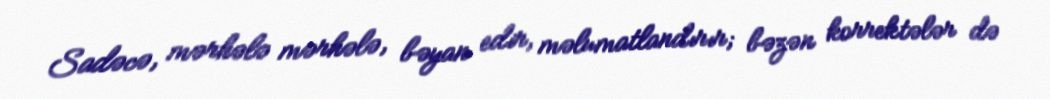
Sadəcə, mərhələ mərhələ, bəyan edir, məlumatlandırır; bəzən korrektələr də